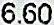
6.60